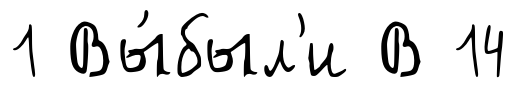
1 Вы́был'и В 14